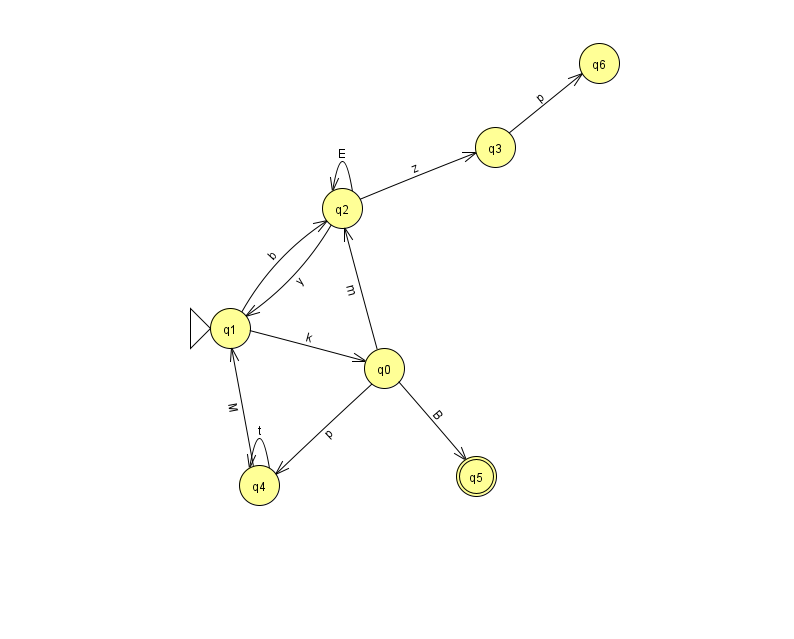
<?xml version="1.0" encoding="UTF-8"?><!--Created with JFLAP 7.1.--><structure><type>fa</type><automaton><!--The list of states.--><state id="0" name="q0"><x>384.0</x><y>355.0</y></state><state id="1" name="q1"><x>230.0</x><y>315.0</y><initial/></state><state id="2" name="q2"><x>342.0</x><y>195.0</y></state><state id="3" name="q3"><x>495.0</x><y>134.0</y></state><state id="4" name="q4"><x>259.0</x><y>472.0</y></state><state id="5" name="q5"><x>476.0</x><y>463.0</y><final/></state><state id="6" name="q6"><x>599.0</x><y>50.0</y></state><!--The list of transitions.--><transition><from>0</from><to>4</to><read>p</read></transition><transition><from>1</from><to>2</to><read>b</read></transition><transition><from>1</from><to>0</to><read>k</read></transition><transition><from>4</from><to>4</to><read>t</read></transition><transition><from>0</from><to>2</to><read>m</read></transition><transition><from>0</from><to>5</to><read>B</read></transition><transition><from>2</from><to>2</to><read>E</read></transition><transition><from>2</from><to>3</to><read>z</read></transition><transition><from>4</from><to>1</to><read>M</read></transition><transition><from>3</from><to>6</to><read>p</read></transition><transition><from>2</from><to>1</to><read>y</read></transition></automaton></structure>